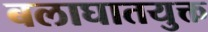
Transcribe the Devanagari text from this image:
बलाघातयुक्त